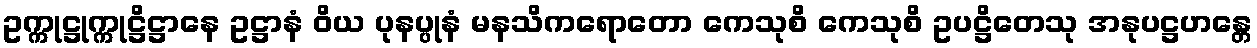
ဥက္ကုဋ္ဌုက္ကုဋ္ဌိဋ္ဌာနေ ဥဋ္ဌာနံ ဝိယ ပုနပ္ပုနံ မနသိကရောတော ကေသုစိ ကေသုစိ ဥပဋ္ဌိတေသု အနုပဋ္ဌဟန္တေ